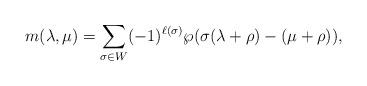
LaTeX: \begin{align*}m(\lambda,\mu)=\displaystyle\sum_{\sigma\in W}^{}(-1)^{\ell(\sigma)}\wp(\sigma(\lambda+\rho)-(\mu+\rho)),\end{align*}